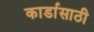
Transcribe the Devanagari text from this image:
कार्डासाठी